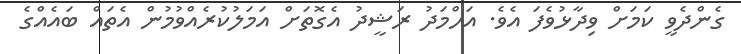
ގެންދެވީ ކަމަށް ވިދާޅުވެފަ އެވެ. އަހްމަދު ރަޝީދު އެގޮތަށް އަމަލުކުރެއްވުމުން އެތައް ބައެއްގެ